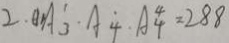
2 . O A ^ { 1 } _ { 3 } \cdot A _ { 4 } \cdot A _ { 4 } ^ { 4 } = 2 8 8